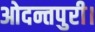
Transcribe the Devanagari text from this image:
ओदन्तपुरी।